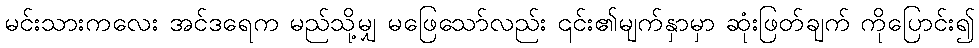
မင်းသားကလေး အင်ဒရေက မည်သို့မျှ မဖြေသော်လည်း ၎င်း၏မျက်နှာမှာ ဆုံးဖြတ်ချက် ကိုပြောင်း၍